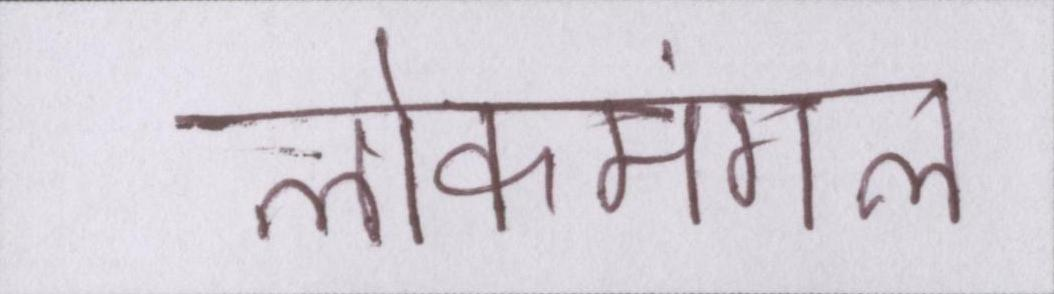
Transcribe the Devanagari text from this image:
लोकमंगल